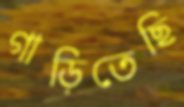
গাড়িতেছি